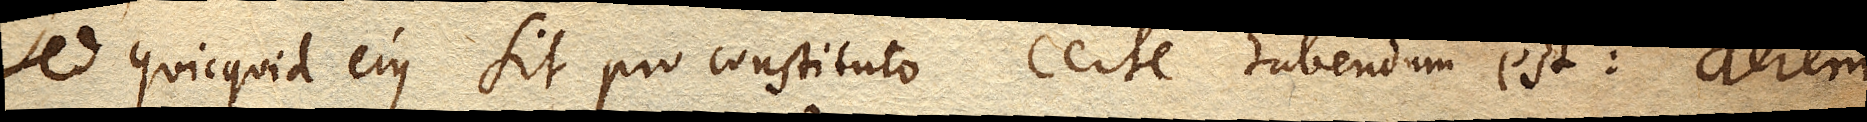
Sed quicquid ejus sit pro constituto certe habendam est: aerem